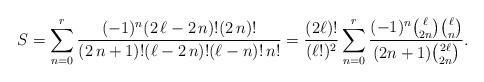
LaTeX: \begin{align*}S= \sum_{n=0}^{r} \frac{(-1)^n(2\, \ell-2\, n)!(2\, n)!}{(2\, n+1)! (\ell-2\, n)! (\ell-n)!\, n!} = \frac{(2 \ell)!}{(\ell!)^2} \sum^{r}_{n=0} \frac{(-1)^n \binom{\ell}{2 n}\binom{\ell}{n}}{(2n+1)\binom{2\ell}{2 n}}.\end{align*}